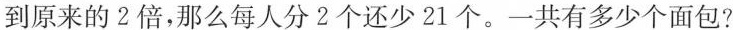
到原来的2倍，那么每人分2个还少21个。一共有多少个面包?